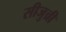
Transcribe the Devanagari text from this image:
सीजुच्री